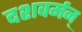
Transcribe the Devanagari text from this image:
दशवर्मन्‌